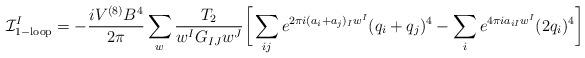
LaTeX: \begin{align*}{\cal I}^I_{\rm 1-loop}=-\frac{iV^{(8)} B^4}{2\pi} \sum_w\frac{T_2}{w^I G_{IJ} w^J}\bigg[ \sum_{ij}e^{2\pi i (a_i+a_j)_I w^I}(q_i+q_j)^4-\sum_i e^{4\pi i a_{iI} w^I}(2 q_i)^4\bigg]\end{align*}